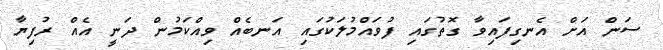
ސަން އަށް އެނގިފައިވާ ގޮތުގައި ފުވައްމުލަކުގައި އަނބެއް ވިއްކަމުން ދަނީ އެއް ރުފިޔާ